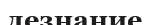
дезнание